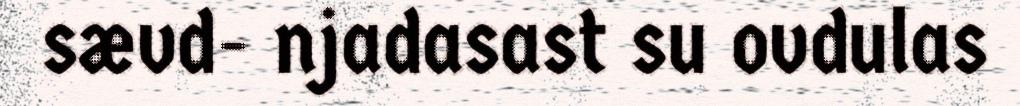
sævd- njadasast su ovdulas